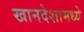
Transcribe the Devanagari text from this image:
खानदेशामध्ये